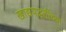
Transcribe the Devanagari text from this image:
खाद्यपद्धतींच्या